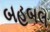
બહબલ